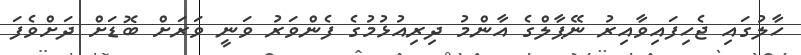
ހާލުގައި ޖެހިފައިވާއިރު ނޭޕާލްގެ އާންމު ދިރިއުޅުމުގެ ފެންވަރު ވަނީ ވަރަށް ބޮޑަށް ދަށްވެފަ